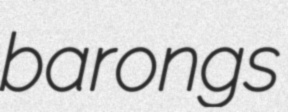
barongs